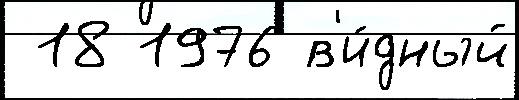
 18 1976 в'и́дный